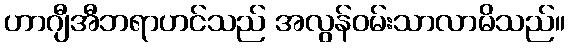
ဟာဂျီအီဘရာဟင်သည် အလွန်ဝမ်းသာလာမိသည်။